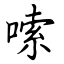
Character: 嗦